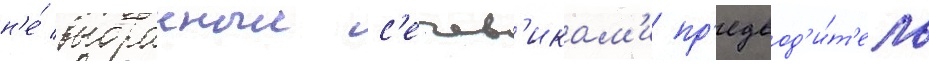
н'е́ выбранныи с'ечев'икам'и пр'едвод'и́т'ель